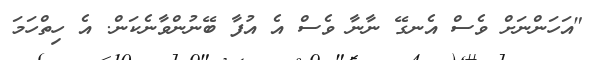
"އަހަންނަށް ވެސް އެނގޭ ނާނާ ވެސް އެ އުފާ ބޭނުންވާނެކަން. އެ ހިތްހަމަ